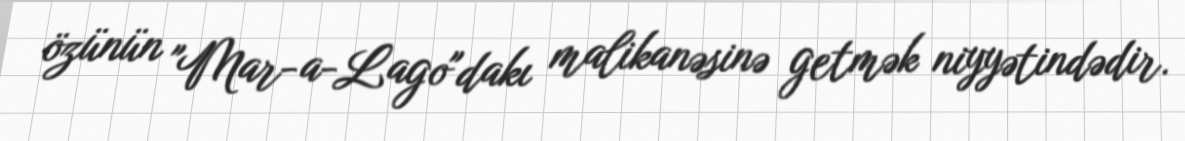
özünün "Mar-a-Lago"dakı malikanəsinə getmək niyyətindədir.